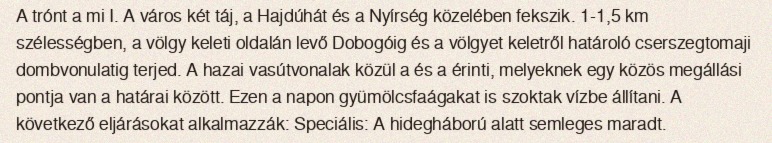
A trónt a mi I. A város két táj, a Hajdúhát és a Nyírség közelében fekszik. 1-1,5 km szélességben, a völgy keleti oldalán levő Dobogóig és a völgyet keletről határoló cserszegtomaji dombvonulatig terjed. A hazai vasútvonalak közül a és a érinti, melyeknek egy közös megállási pontja van a határai között. Ezen a napon gyümölcsfaágakat is szoktak vízbe állítani. A következő eljárásokat alkalmazzák: Speciális: A hidegháború alatt semleges maradt.